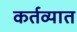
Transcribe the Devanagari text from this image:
कर्तव्यात